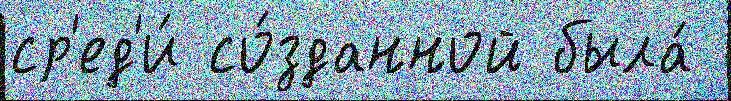
ср'ед'и́ со́зданной была́